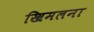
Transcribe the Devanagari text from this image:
खिमलना